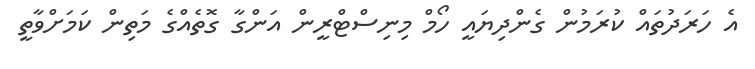
އެ ހަރަދުތައް ކުރަމުން ގެންދިޔައީ ހޯމް މިނިސްޓްރީން އަންގާ ގޮތެއްގެ މަތިން ކަމަށްވާތީ